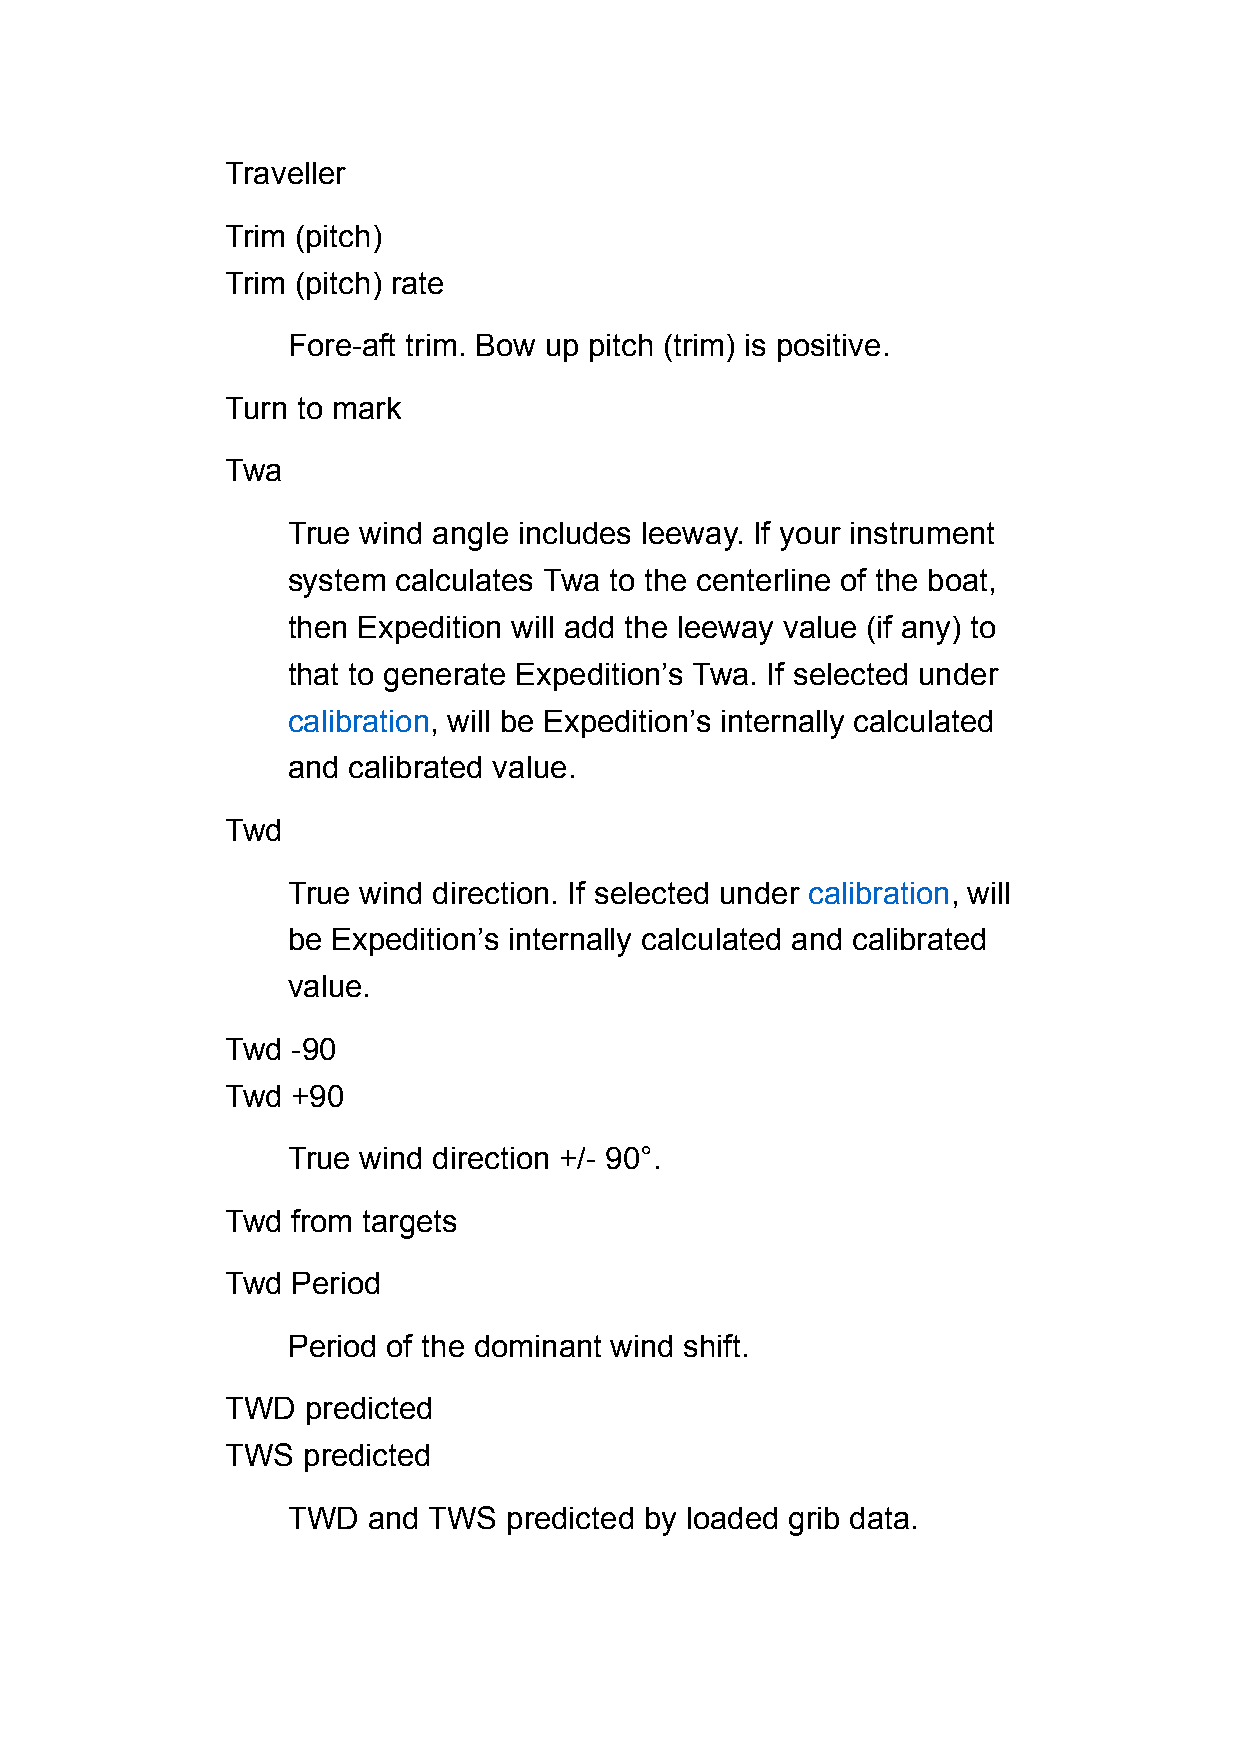
Traveller
 Trim (pitch)
 Trim (pitch) rate
 Fore-aft trim. Bow up pitch (trim) is positive.
 Turn to mark
 Twa
 True wind angle includes leeway. If your instrument
 system calculates Twa to the centerline of the boat,
 then Expedition will add the leeway value (if any) to
 that to generate Expedition’s Twa. If selected under
 calibration, will be Expedition’s internally calculated
 and calibrated value.
 Twd
 True wind direction. If selected under calibration, will
 be Expedition’s internally calculated and calibrated
 value.
 Twd -90
 Twd +90
 True wind direction +/- 90°.
 Twd from targets
 Twd Period
 Period of the dominant wind shift.
 TWD  predicted
 TWS  predicted
 TWD  and TWS   predicted by loaded grib data.